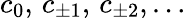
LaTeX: c_{0},\, c_{\pm 1},\, c_{\pm 2},\ldots